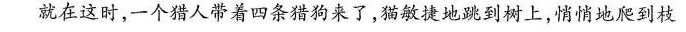
”就在这时，一个猎人带着四条猎狗来了，猫敏捷地跳到树上，悄悄地爬到枝